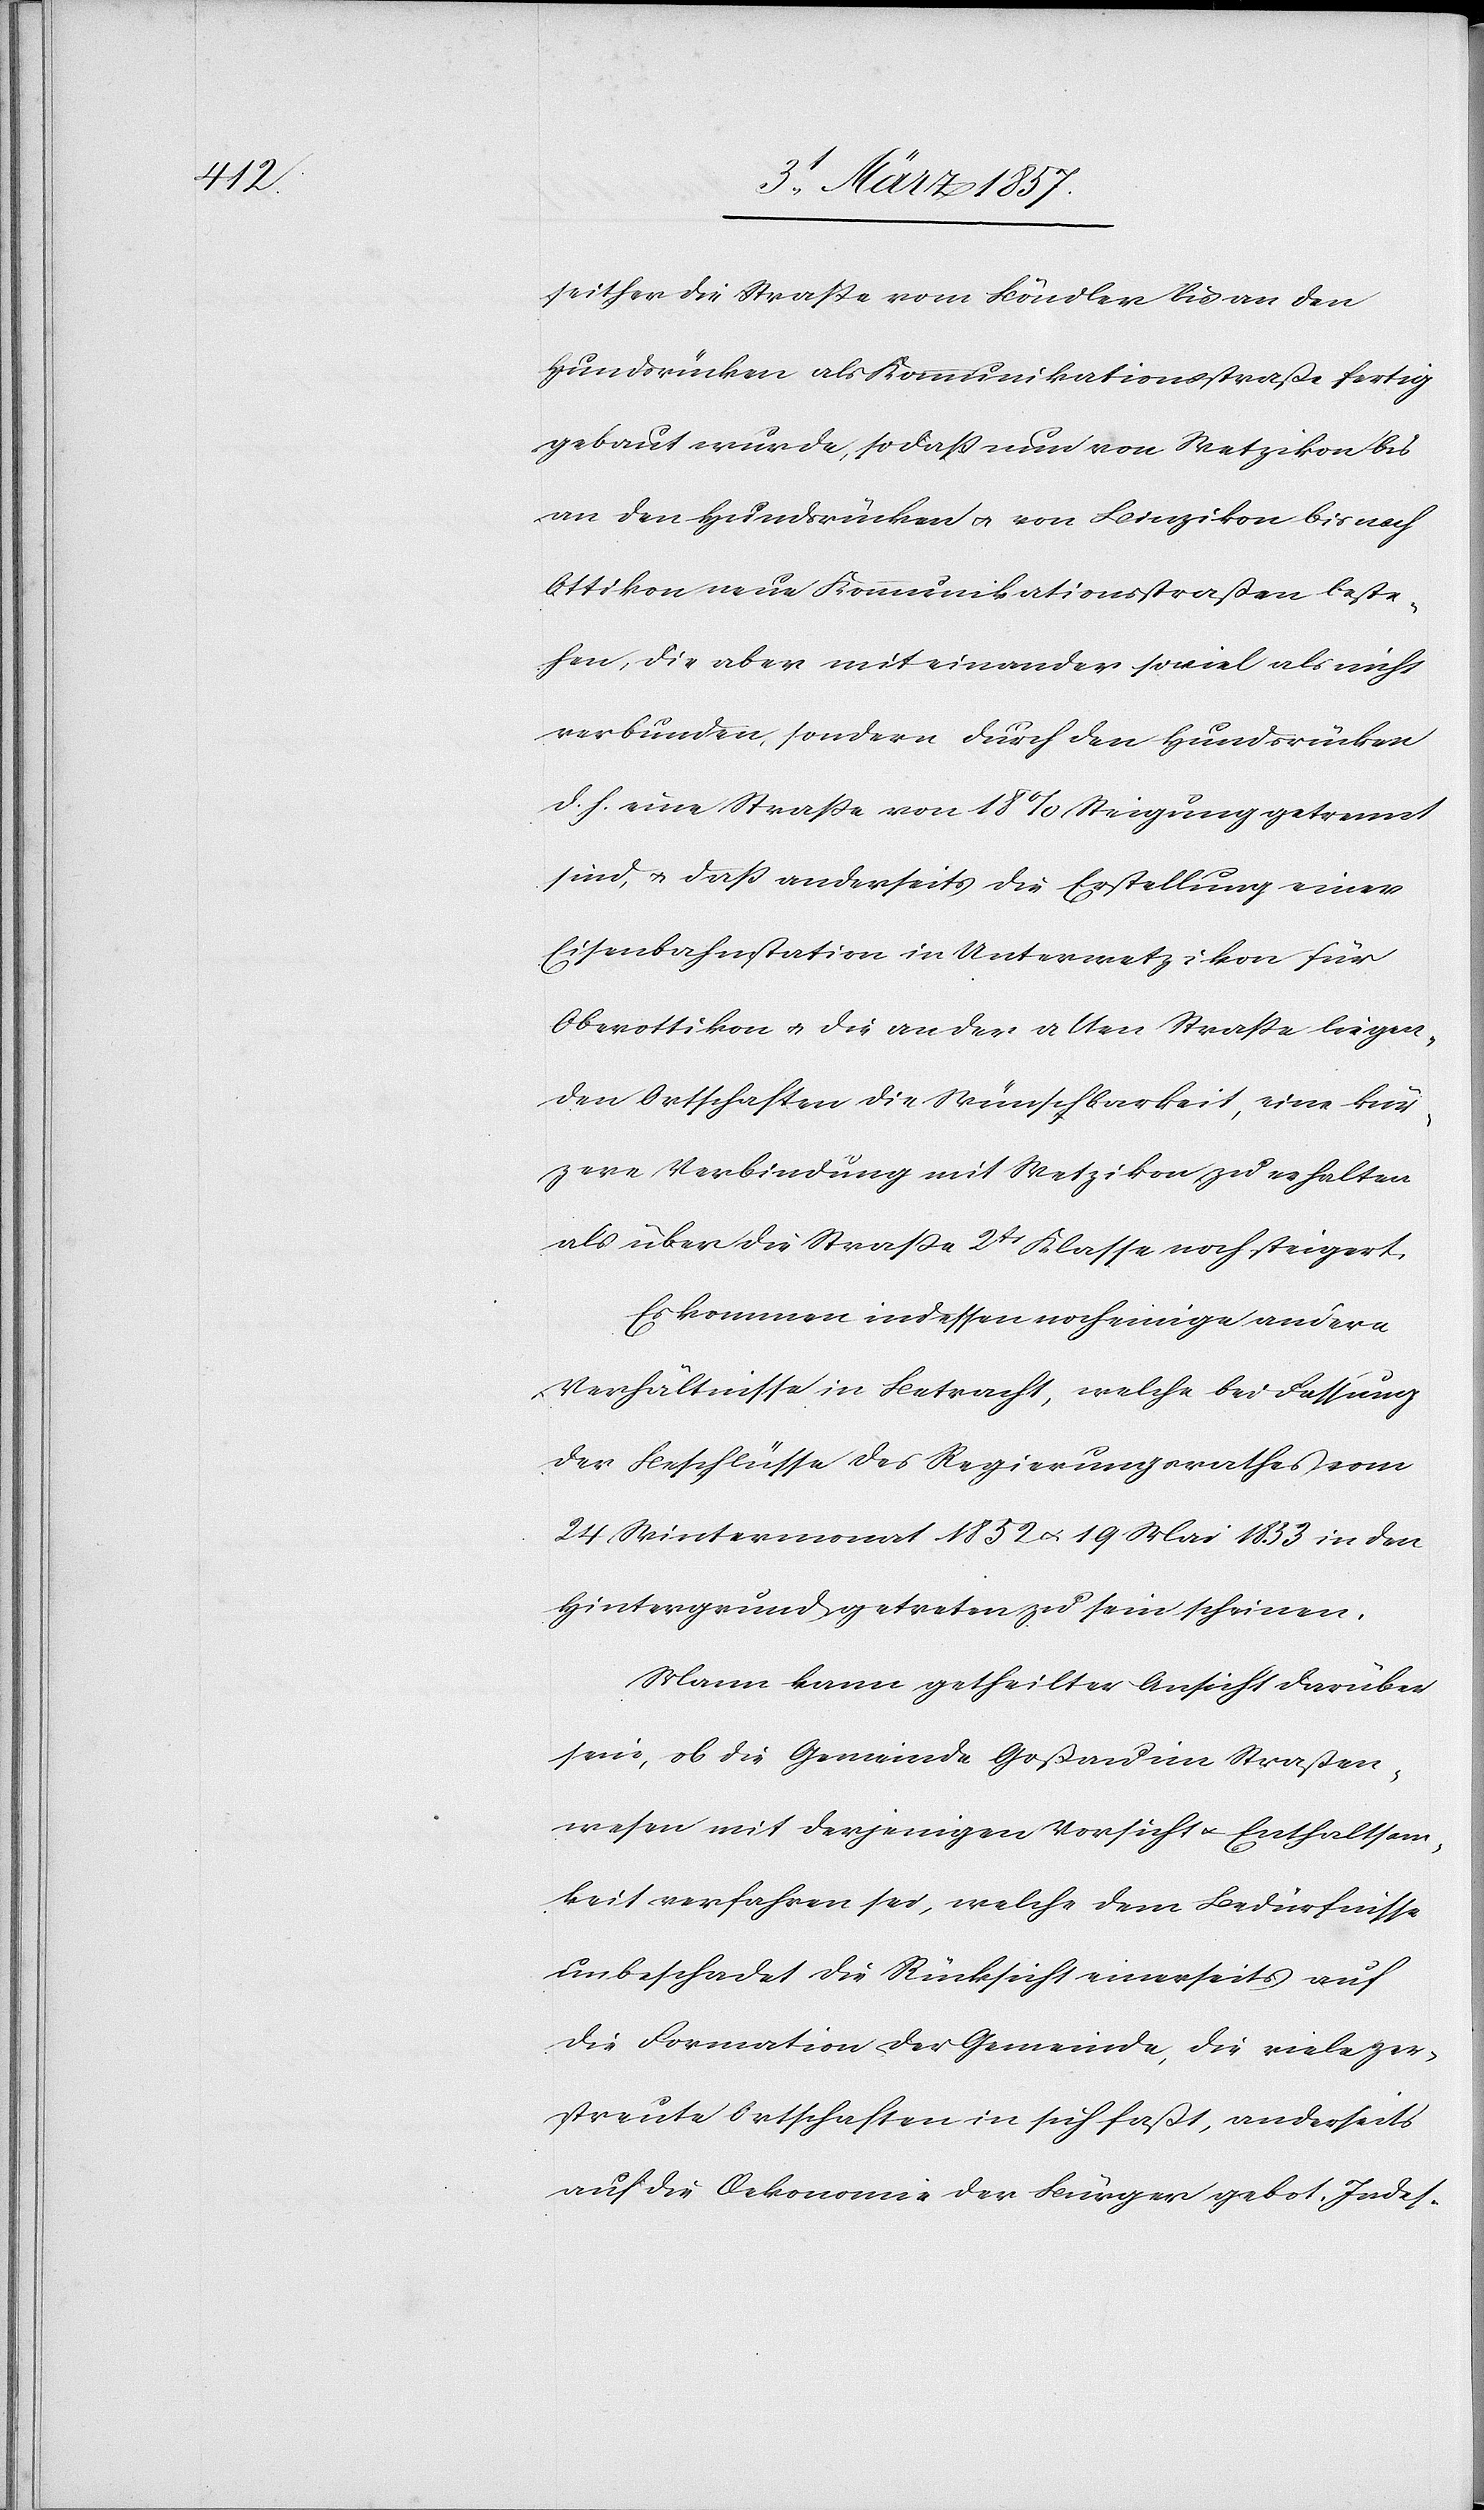
seither die Straße vom Böndler bis an den
Hundsrücken als Kommunikationsstraße fertig
gebaut wurde, so daß nun von Wetzikon bis
an den Hundsrücken u. von Binzikon bis nach
Ottikon neue Kommunikationsstraßen beste¬
hen, die aber mit einander soviel als nicht
verbunden, sondern durch den Hundsrücken
d. h. eine Straße von 18 % Steigung getrennt
sind, u. daß anderseits die Erstellung einer
Eisenbahnstation in Unterwetzikon für
Oberottikon u. die an der alten Straße liegen¬
den Ortschaften die Wünschbarkeit, eine kür¬
zere Verbindung mit Wetzikon zu erhalten
als über die Straße 2tr Klasse noch steigert.
Es kommen indessen noch einige andere
Verhältnisse in Betracht, welche bei Fassung
der Beschlüsse des Regierungsrathes vom
24 Wintermonat 1852 u. 19 Mai 1833 in den
Hintergrund getreten zu sein scheinen.
Mann kann getheilter Ansicht darüber
sein, ob die Gemeinde Goßau im Straßen¬
wesen mit derjenigen Vorsicht u. Enthaltsam¬
keit verfahren sei, welche dem Bedürfnisse
unbeschadet die Rücksicht einerseits auf
die Formation der Gemeinde, die viele zer¬
streute Ortschaften in sich faßt, anderseits
auf die Oekonomie der Bürger gebot. Indes-